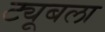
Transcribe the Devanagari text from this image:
ट्यूबला